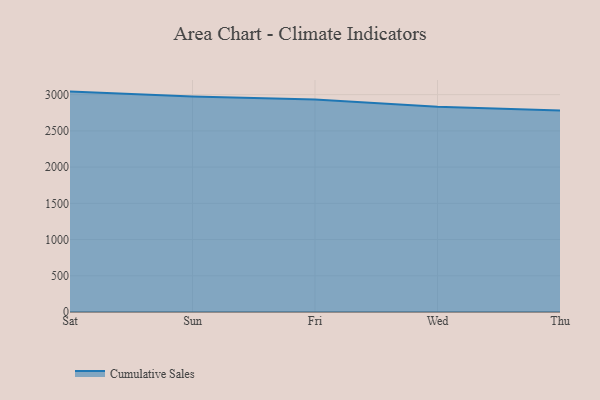
{"axis": {"x": "Day", "y": "Page Views"}, "legend": ["Cumulative Sales"], "data": [{"x": "Sat", "y": 3042.0, "type": "Cumulative Sales"}, {"x": "Sun", "y": 2975.2, "type": "Cumulative Sales"}, {"x": "Fri", "y": 2932.6, "type": "Cumulative Sales"}, {"x": "Wed", "y": 2832.7, "type": "Cumulative Sales"}, {"x": "Thu", "y": 2782.1, "type": "Cumulative Sales"}]}